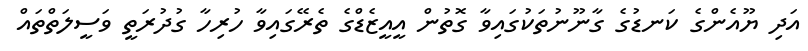
އަދި ޔޫއެންގެ ކަނޑުގެ ގާނޫނުތަކުގައިވާ ގޮތުން އީއީޒެޑްގެ ތެރޭގައިވާ ހުރިހާ ގުދުރަތީ ވަސީލަތްތައް